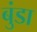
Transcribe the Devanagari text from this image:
बुंडा